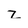
Character: z